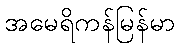
အမေရိကန်မြန်မာ